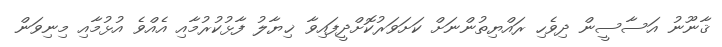
ޤާނޫނު އަސާސީން ދިވެހި ރައްޔިތުންނަށް ކަށަވަރުކޮށްދީފައިވާ ޚިޔާލު ފާޅުކުރުމާއި އެއްވެ އުޅުމާއި މިނިވަން